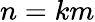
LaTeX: n=km